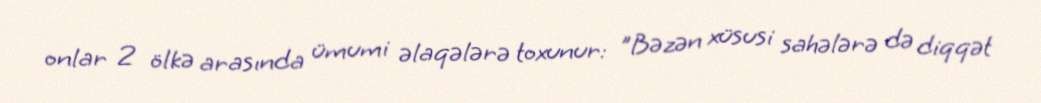
onlar 2 ölkə arasında ümumi əlaqələrə toxunur: "Bəzən xüsusi sahələrə də diqqət